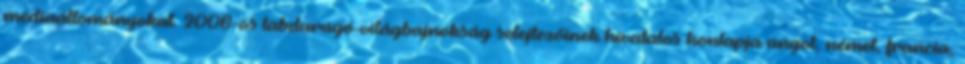
médiaállományokat. 2006-os labdarúgó-világbajnokság selejtezőinek hivatalos honlapja angol, német, francia,